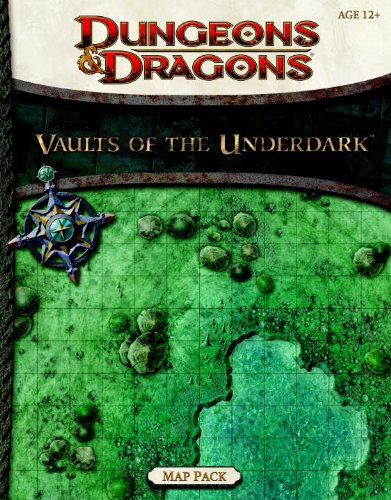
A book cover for Vaults of the Underdark - Map Pack (Dungeons & Dragons Accessories); RPG Team; Science Fiction & Fantasy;